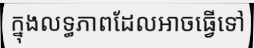
ក្នុងលទ្ធភាពដែលអាចធ្វើទៅ